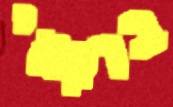
ברקאי